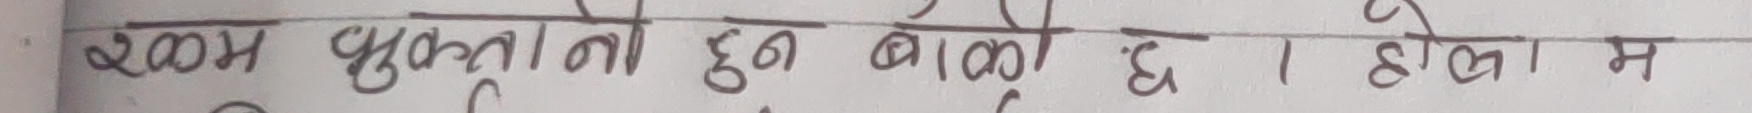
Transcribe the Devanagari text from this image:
२०० घुक्लानो हुन बाकी छ । होला म